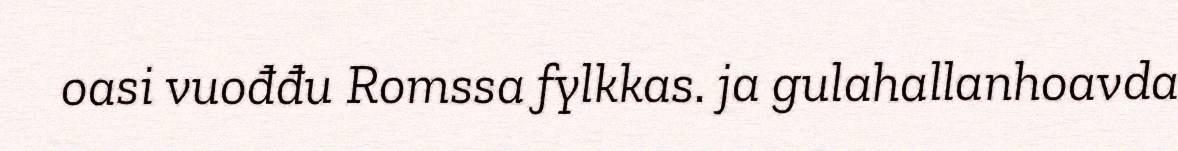
oasi vuođđu Romssa fylkkas. ja gulahallanhoavda